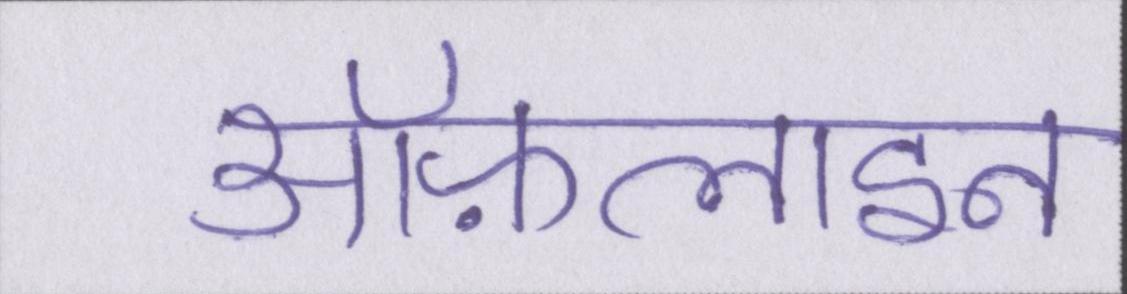
ऑफ़लाइन